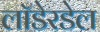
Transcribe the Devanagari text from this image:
लॉडेरडेल